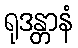
ရုဒန္တာနံ